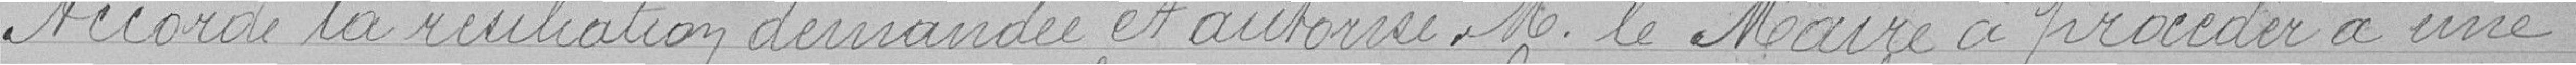
Accorde la résiliation demandée et autorise M. le maire à procéder à une